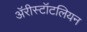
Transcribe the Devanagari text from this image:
ॲरीस्टॉटलियन